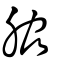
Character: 脇